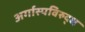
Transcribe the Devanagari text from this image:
अर्गास्पविरुद्ध